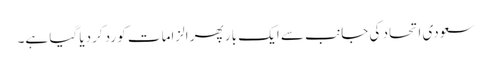
سعودی اتحاد کی جانب سے ایک بار پھر الزامات کو رد کردیا گیا ہے۔